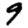
Digit: 9